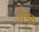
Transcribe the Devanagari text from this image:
ईएफ़